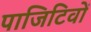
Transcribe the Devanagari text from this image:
पाजिटिवों